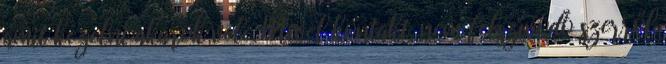
amit kezelni akarok vele. Mivel kontakt, nem felszívódó szerről